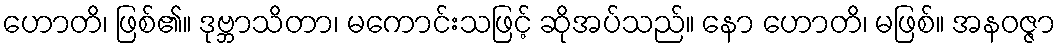
ဟောတိ၊ ဖြစ်၏။ ဒုဗ္ဘာသိတာ၊ မကောင်းသဖြင့် ဆိုအပ်သည်။ နော ဟောတိ၊ မဖြစ်။ အနဝဇ္ဇာ